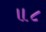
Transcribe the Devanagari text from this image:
॥८